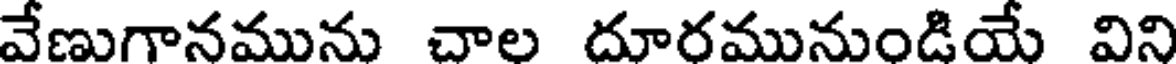
వేణుగానమును చాల దూరమునుండియే విని